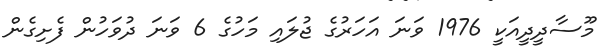
މޫސާދީދީއަކީ 1976 ވަނަ އަހަރުގެ ޖުލައި މަހުގެ 6 ވަނަ ދުވަހުން ފެށިގެން